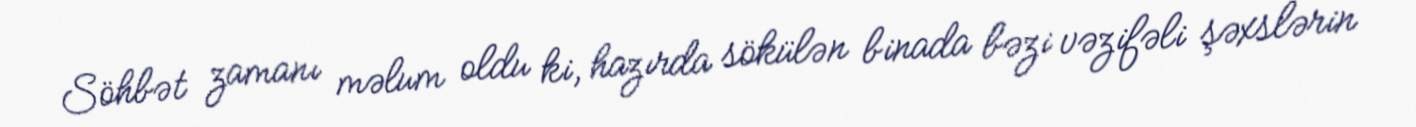
Söhbət zamanı məlum oldu ki, hazırda sökülən binada bəzi vəzifəli şəxslərin